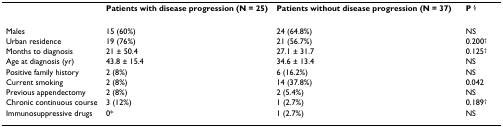
<table><thead><tr><td></td><td><b>Patients with disease progression (N = 25)</b></td><td><b>Patients without disease progression (N = 37)</b></td><td><b>P <sup>§</sup></b></td></tr></thead><tbody><tr><td>Males</td><td>15 (60%)</td><td>24 (64.8%)</td><td>NS</td></tr><tr><td>Urban residence</td><td>19 (76%)</td><td>21 (56.7%)</td><td>0.200<sup>†</sup></td></tr><tr><td>Months to diagnosis</td><td>21 ± 50.4</td><td>27.1 ± 31.7</td><td>0.125<sup>†</sup></td></tr><tr><td>Age at diagnosis (yr)</td><td>43.8 ± 15.4</td><td>34.6 ± 13.4</td><td>NS</td></tr><tr><td>Positive family history</td><td>2 (8%)</td><td>6 (16.2%)</td><td>NS</td></tr><tr><td>Current smoking</td><td>2 (8%)</td><td>14 (37.8%)</td><td>0.042</td></tr><tr><td>Previous appendectomy</td><td>2 (8%)</td><td>2 (5.4%)</td><td>NS</td></tr><tr><td>Chronic continuous course</td><td>3 (12%)</td><td>1 (2.7%)</td><td>0.189<sup>†</sup></td></tr><tr><td>Immunosuppressive drugs</td><td>0*</td><td>1 (2.7%)</td><td>NS</td></tr></tbody></table>